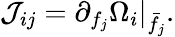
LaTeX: \mathcal{J}_{ij}=\partial_{f_{j}}\Omega_{i}\rvert_{\bar{f}_{j}}.